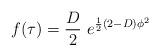
LaTeX: \begin{align*}f(\tau)=\frac{D}{2}\ e^{\frac{1}{2}(2-D)\phi ^2}\end{align*}